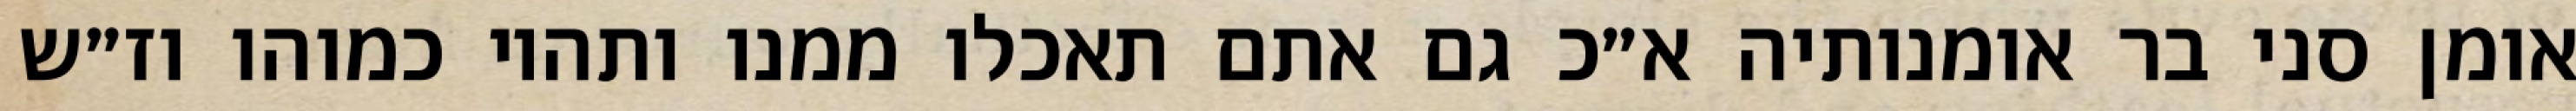
אומן סני בר אומנותיה א״כ גם אתם תאכלו ממנו ותהיו כמוהו וז״ש